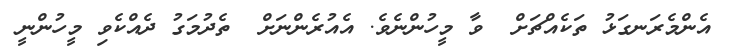
އެންމެރަނގަޅު ތަކެއްޗަށް  ވާ މީހުންނެވެ. އެއުރެންނަށް  ތެދުމަގު ދެއްކެވި މީހުންނީ